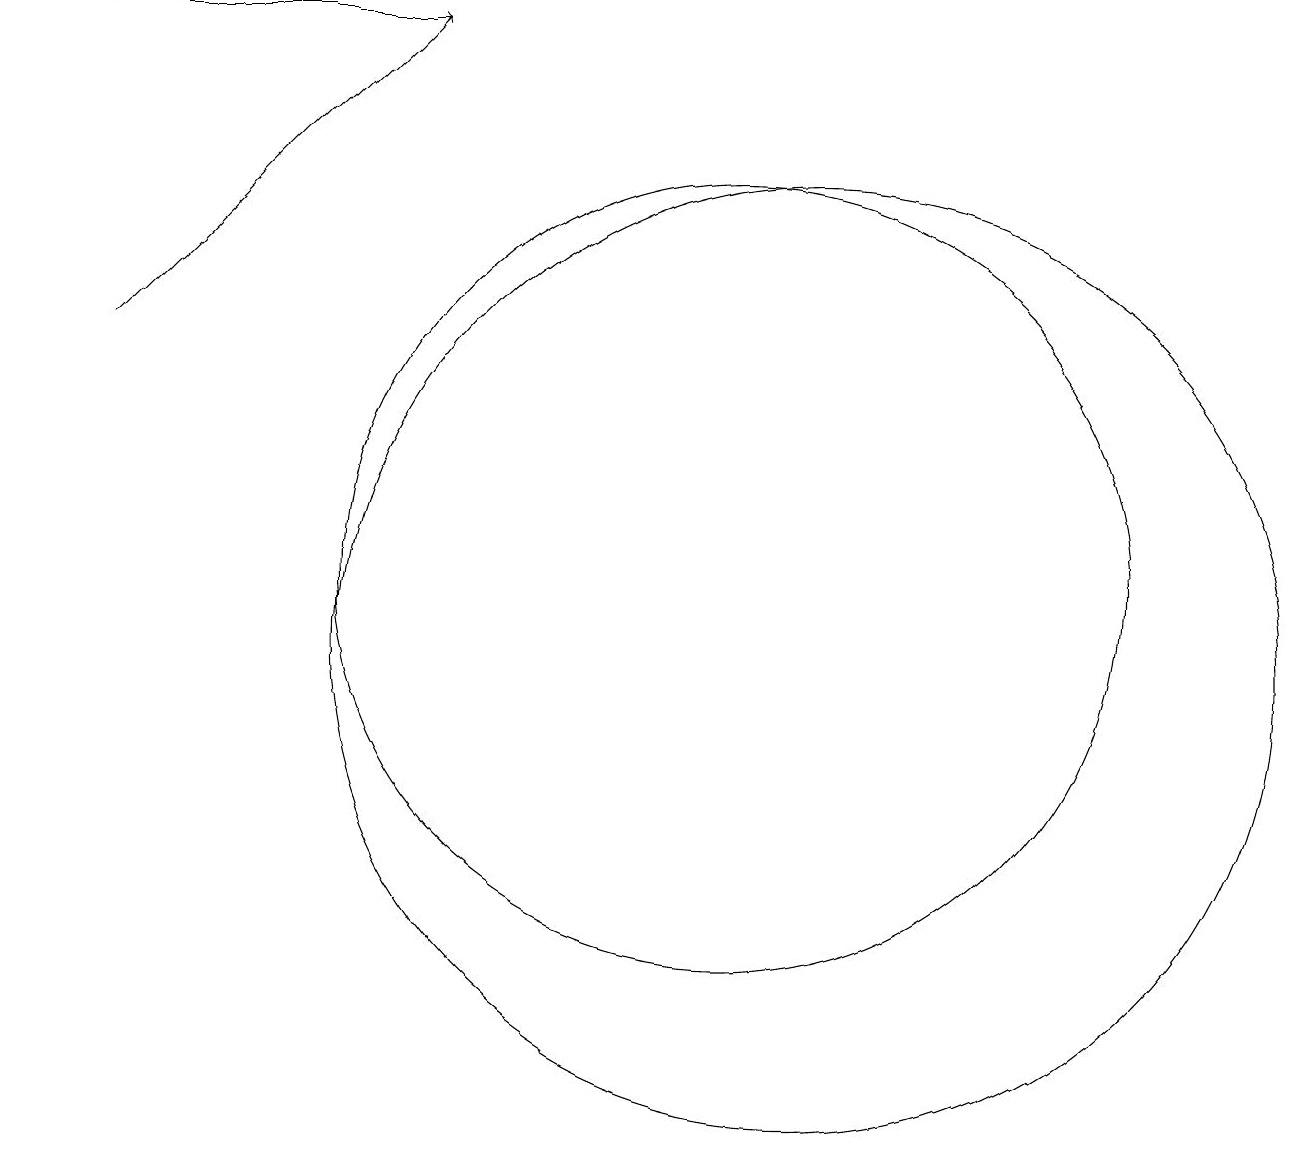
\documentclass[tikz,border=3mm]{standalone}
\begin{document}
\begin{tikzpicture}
\draw (11,10) circle (6);
\draw[->] (2,14) -- (6,18);
\draw (10,11) circle (5);
\draw[->] (1,18) -- (6,18);
\draw (11,10) circle (0);
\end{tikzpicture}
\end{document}